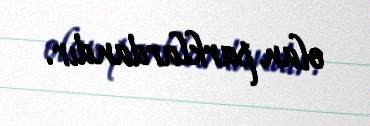
olan parklardandır.